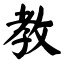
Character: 教